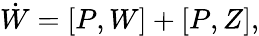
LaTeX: \dot{W}=[P,W]+[P,Z],